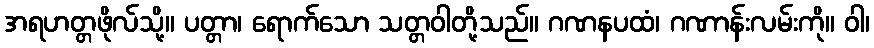
အရဟတ္တဖိုလ်သို့။ ပတ္တာ၊ ရောက်သော သတ္တဝါတို့သည်။ ဂဏနပထံ၊ ဂဏာန်းလမ်းကို။ ဝါ၊